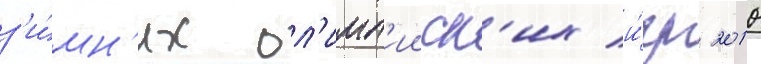
з'и́мн'их ол'имп'ииск'их и́гр 2010